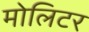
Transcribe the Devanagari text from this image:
मोलिटर